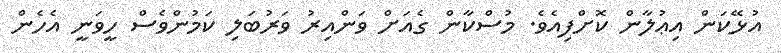
އުޅޭކަން އިޢުލާން ކޮށްފިއެވެ. މުސްކާން ގެއަށް ވަންއިރު ވަރުބަލި ކަމުންވެސް ހީވަނީ އެހެން